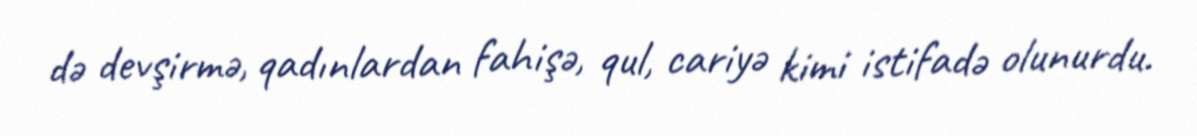
də devşirmə, qadınlardan fahişə, qul, cariyə kimi istifadə olunurdu.